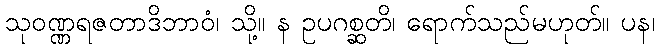
သုဝဏ္ဏရဇတာဒိဘာဝံ၊ သို့။ န ဥပဂစ္ဆတိ၊ ရောက်သည်မဟုတ်။ ပန၊